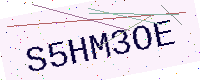
Text: S5HM3OE